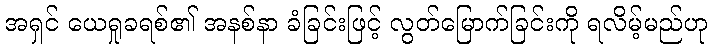
အရှင် ယေရှုခရစ်၏ အနစ်နာ ခံခြင်းဖြင့် လွတ်မြောက်ခြင်းကို ရလိမ့်မည်ဟု